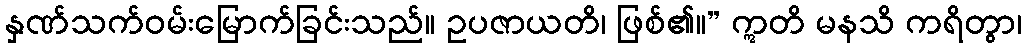
နှဏ်သက်ဝမ်းမြောက်ခြင်းသည်။ ဥပဇာယတိ၊ ဖြစ်၏။” ဣတိ မနသိ ကရိတွာ၊